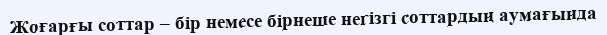
Жоғарғы соттар – бір немесе бірнеше негізгі соттардың аумағында